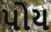
પોય